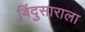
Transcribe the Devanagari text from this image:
बिंदुसाराला